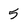
Character: 5